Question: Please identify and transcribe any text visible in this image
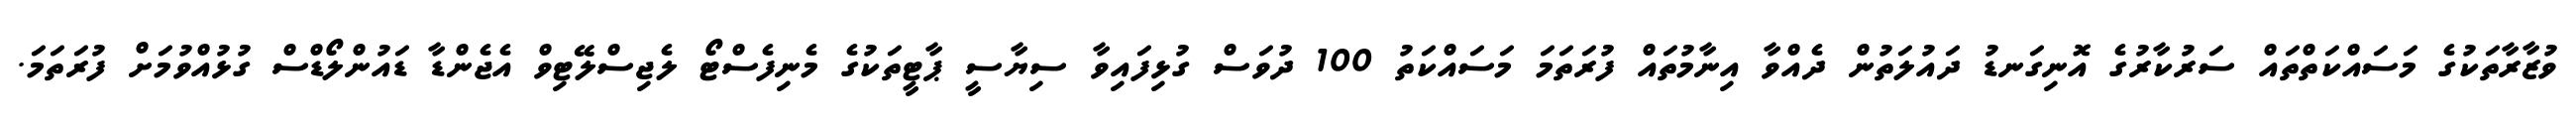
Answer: ވުޒާރާތަކުގެ މަސައްކަތްތައް ސަރުކާރުގެ އޮނިގަނޑު ދައުލަތުން ދެއްވާ އިނާމުތައް ފުރަތަމަ މަސައްކަތު 100 ދުވަސް ގުޅިފައިވާ ސިޔާސީ ޕާޓީތަކުގެ މެނިފެސްޓޯ ލެޖިސްލޭޓިވް އެޖެންޑާ ޑައުންލޯޑްސް ގުޅުއްވުމަށް ފުރަތަމަ.